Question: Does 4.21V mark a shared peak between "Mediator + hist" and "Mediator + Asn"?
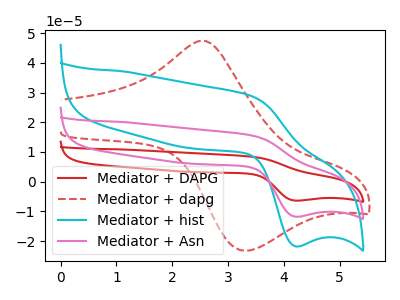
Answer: <think>The red curve "Mediator + DAPG" has an anodic peak at (3.40V, 31.15uA) and a cathodic peak at (4.20V, -23.50uA). The red dashed curve "Mediator + dapg" has an anodic peak at (2.55V, 47.40uA) and a cathodic peak at (3.30V, -23.15uA). The cyan curve "Mediator + hist" has an anodic peak at (3.40V, 28.80uA) and a cathodic peak at (4.20V, -21.75uA). The pink curve "Mediator + Asn" has an anodic peak at (3.40V, 15.60uA) and a cathodic peak at (4.20V, -11.75uA).</think>
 <answer>Yes, "Mediator + hist" and "Mediator + Asn" share a peak at 4.21V.</answer>
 <eval>match</eval>